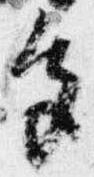
色